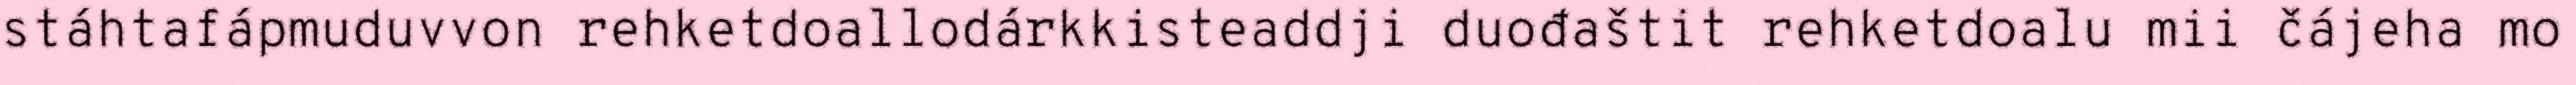
stáhtafápmuduvvon rehketdoallodárkkisteaddji duođaštit rehketdoalu mii čájeha mo